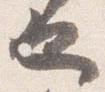
也